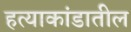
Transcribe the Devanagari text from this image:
हत्याकांडातील